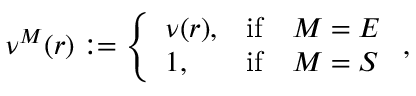
\nu ^ { M } ( r ) : = \left\{ \begin{array} { l c l } { \nu ( r ) , } & { \mathrm { i f } } & { M = E } \\ { 1 , } & { \mathrm { i f } } & { M = S } \end{array} \right. ,